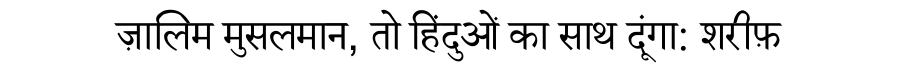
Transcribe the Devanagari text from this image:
ज़ालिम मुसलमान, तो हिंदुओं का साथ दूंगा: शरीफ़